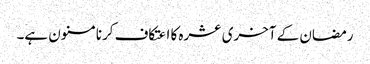
رمضان کے آخری عشرہ کا اعتکاف کرنا مسنون ہے۔